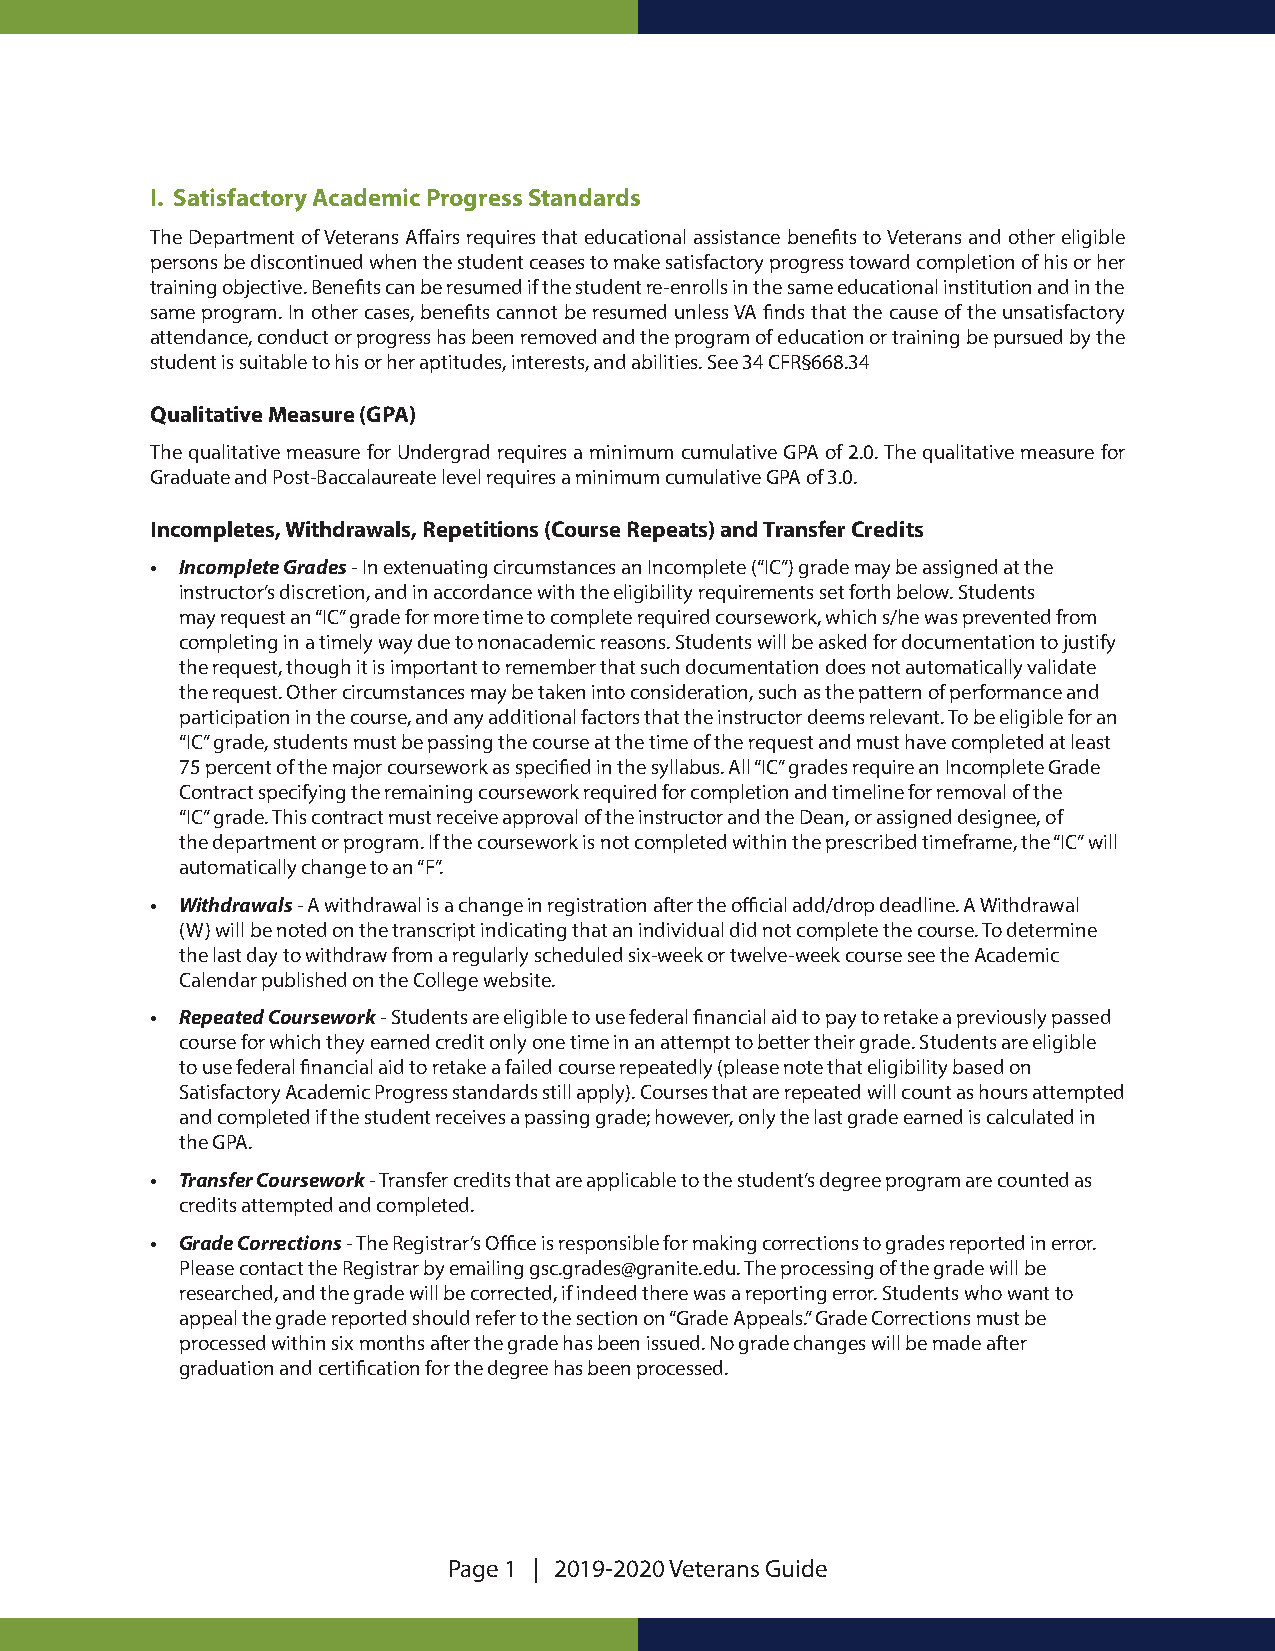
I. Satisfactory Academic Progress Standards
 The Department of Veterans Affairs requires that educational assistance benefits to Veterans and other eligible
 persons be discontinued when the student ceases to make satisfactory progress toward completion of his or her
 training objective. Benefits can be resumed if the student re-enrolls in the same educational institution and in the
 same program. In other cases, benefits cannot be resumed unless VA finds that the cause of the unsatisfactory
 attendance, conduct or progress has been removed and the program of education or training be pursued by the
 student is suitable to his or her aptitudes, interests, and abilities. See 34 CFR§668.34
 Qualitative Measure (GPA)
 The qualitative measure for Undergrad requires a minimum cumulative GPA of 2.0. The qualitative measure for
 Graduate and Post-Baccalaureate level requires a minimum cumulative GPA of 3.0.
 Incompletes, Withdrawals, Repetitions (Course Repeats) and Transfer Credits
 • Incomplete Grades - In extenuating circumstances an Incomplete (“IC”) grade may be assigned at the
 instructor’s discretion, and in accordance with the eligibility requirements set forth below. Students
 may request an “IC” grade for more time to complete required coursework, which s/he was prevented from
 completing in a timely way due to nonacademic reasons. Students will be asked for documentation to justify
 the request, though it is important to remember that such documentation does not automatically validate
 the request. Other circumstances may be taken into consideration, such as the pattern of performance and
 participation in the course, and any additional factors that the instructor deems relevant. To be eligible for an
 “IC” grade, students must be passing the course at the time of the request and must have completed at least
 75 percent of the major coursework as specified in the syllabus. All “IC” grades require an Incomplete Grade
 Contract specifying the remaining coursework required for completion and timeline for removal of the
 “IC” grade. This contract must receive approval of the instructor and the Dean, or assigned designee, of
 the department or program. If the coursework is not completed within the prescribed timeframe, the “IC” will
 automatically change to an “F”.
 • Withdrawals - A withdrawal is a change in registration after the official add/drop deadline. A Withdrawal
 (W) will be noted on the transcript indicating that an individual did not complete the course. To determine
 the last day to withdraw from a regularly scheduled six-week or twelve-week course see the Academic
 Calendar published on the College website.
 • Repeated Coursework - Students are eligible to use federal financial aid to pay to retake a previously passed
 course for which they earned credit only one time in an attempt to better their grade. Students are eligible
 to use federal financial aid to retake a failed course repeatedly (please note that eligibility based on
 Satisfactory Academic Progress standards still apply). Courses that are repeated will count as hours attempted
 and completed if the student receives a passing grade; however, only the last grade earned is calculated in
 the GPA.
 • Transfer Coursework - Transfer credits that are applicable to the student’s degree program are counted as
 credits attempted and completed.
 • Grade Corrections - The Registrar’s Office is responsible for making corrections to grades reported in error.
 Please contact the Registrar by emailing gsc.grades@granite.edu. The processing of the grade will be
 researched, and the grade will be corrected, if indeed there was a reporting error. Students who want to
 appeal the grade reported should refer to the section on “Grade Appeals.” Grade Corrections must be
 processed within six months after the grade has been issued. No grade changes will be made after
 graduation and certification for the degree has been processed.
 Page 1 | 2019-2020 Veterans Guide